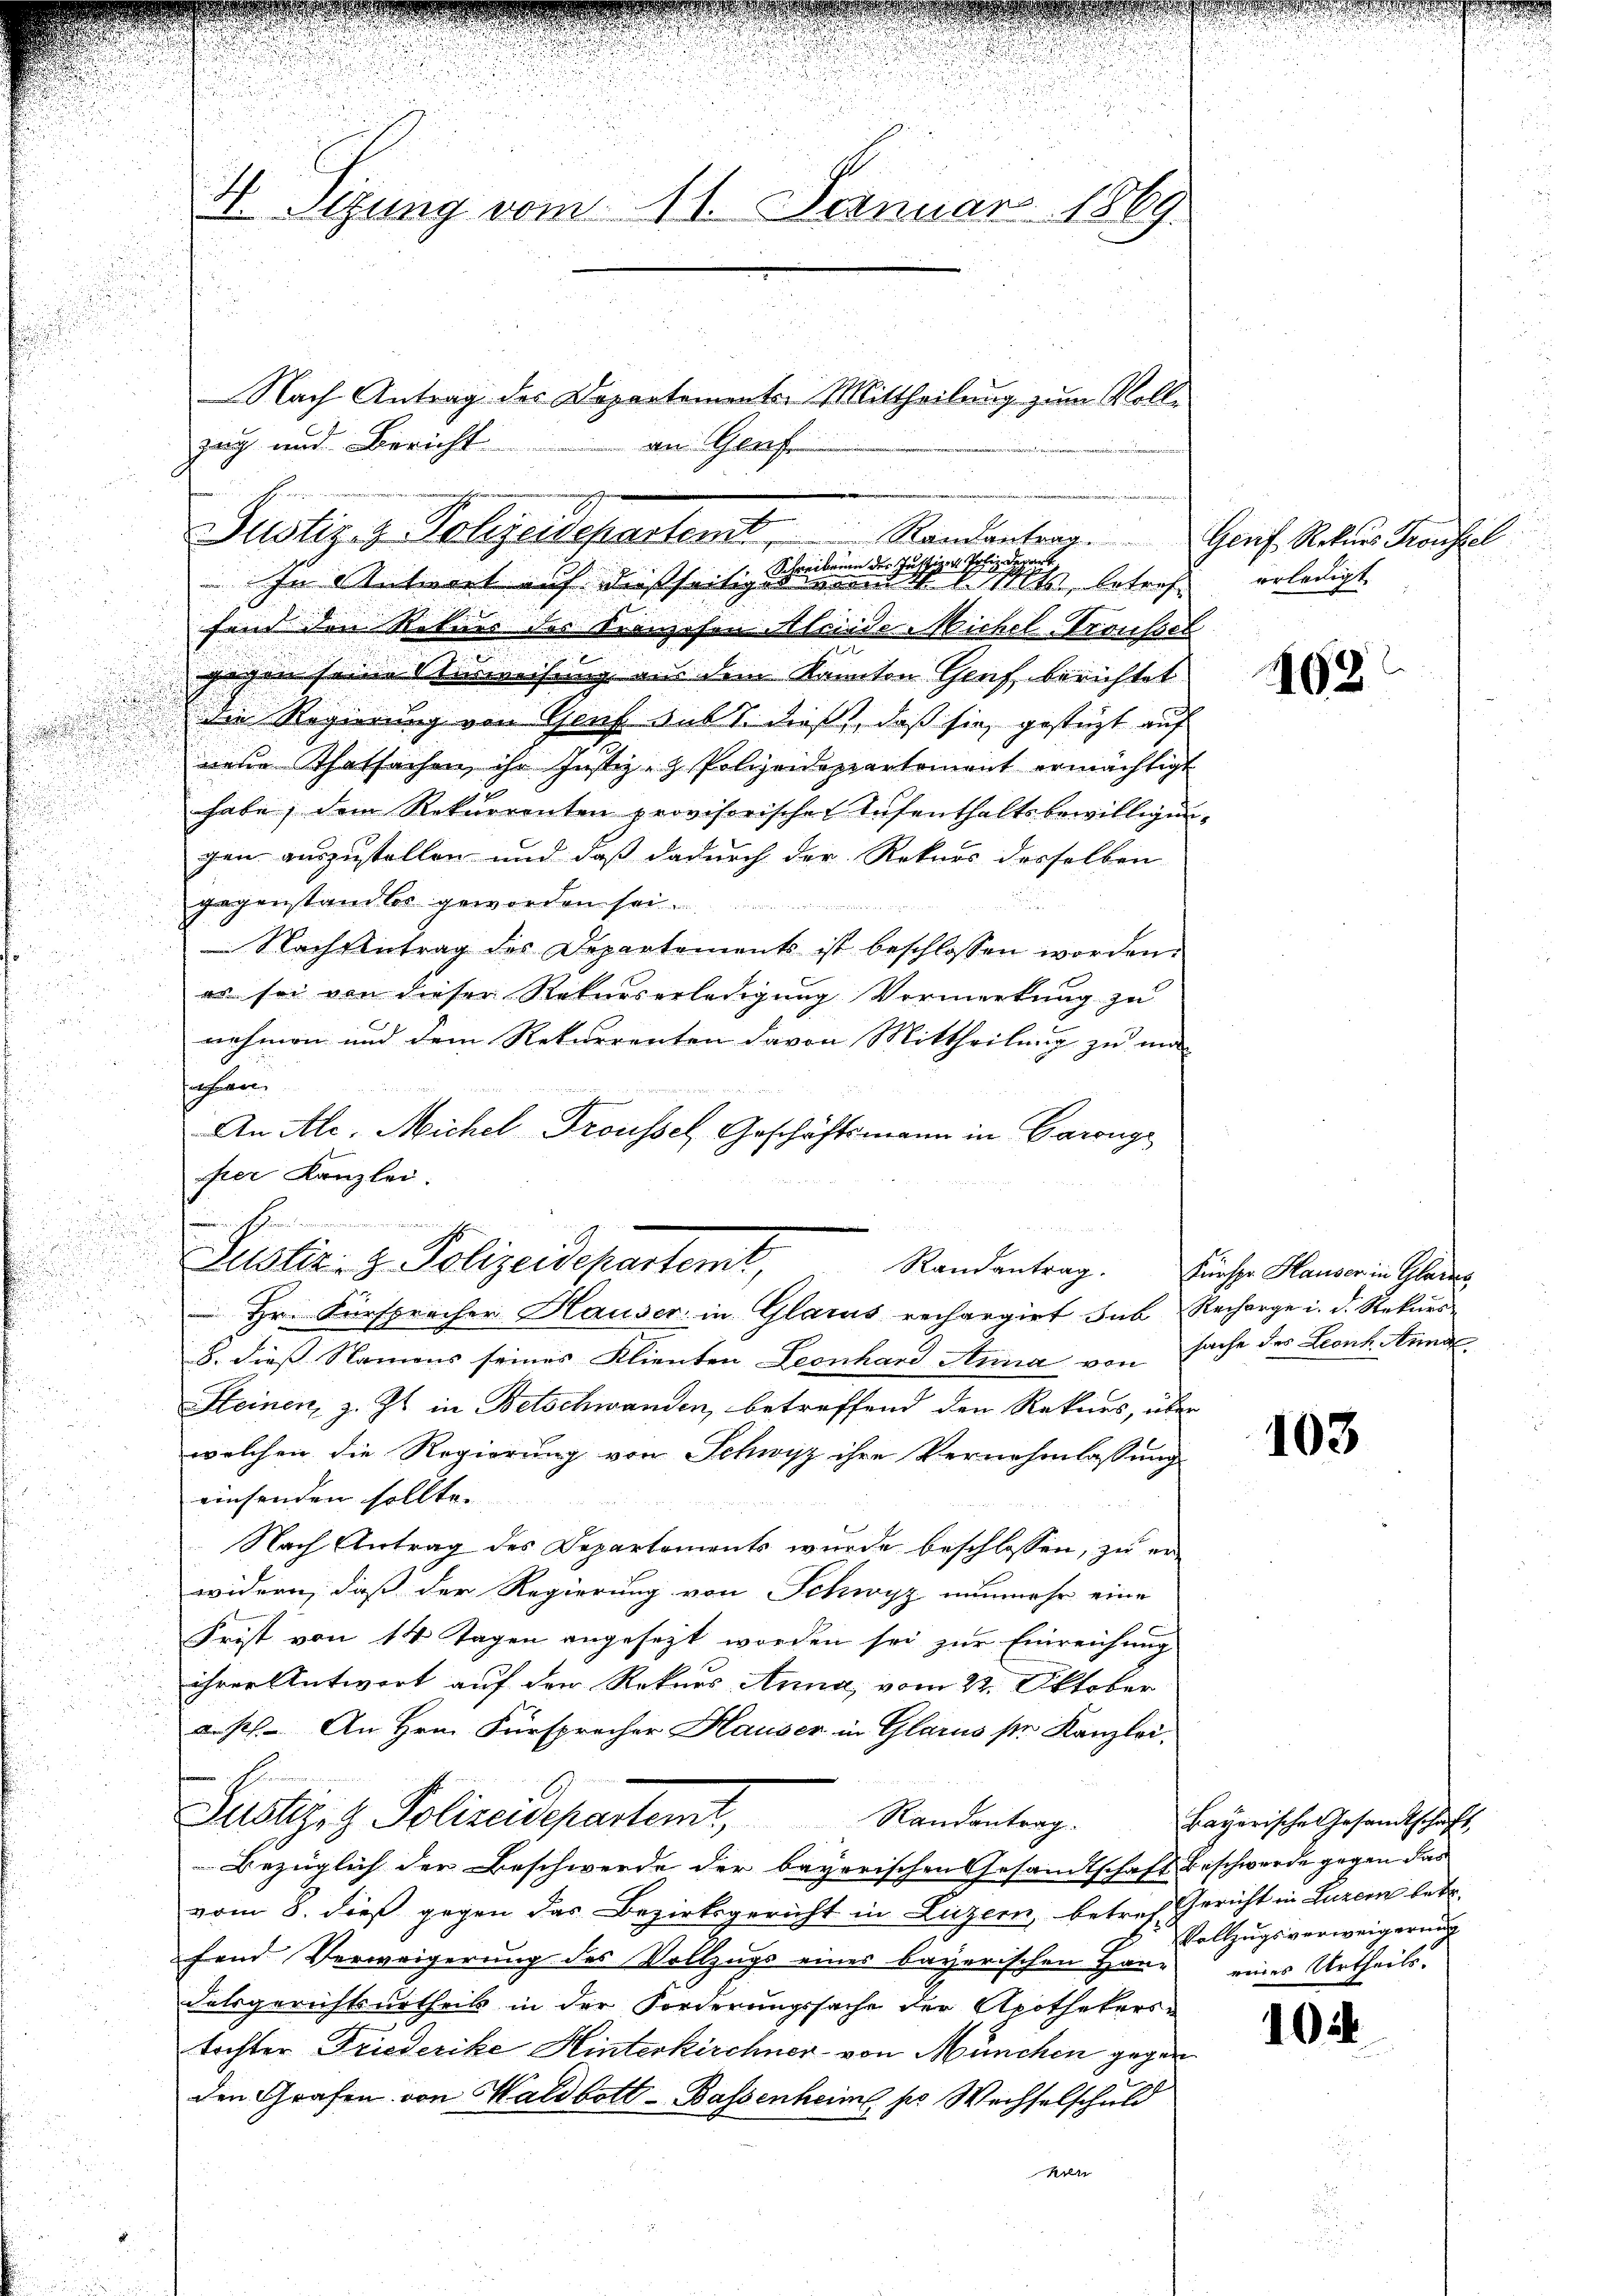
fand den Rekurs des Kranzosen Alrieder Nichel-Prousset
gegen seine Verweisung aus dem Kanton Genf berichtet
die Regierung von Genf auf 1. dieß, daß sie gestüzt auf
nene Thatsachen ihr Justiz- & Polizeidepartement ermächtigt
habe, dem Rekurrenten provisorischen Aufenthaltsbewilligung
gen auszustellen und daß dadurch der Rekurs desselben
gegenstandtes geworden sei.
.
Nach Antrag des Departements ist beschlossen worden.
a
es sei von dieser Rekurserledigung Vormerkung zu
nehmen und dem Rekurrenten davon Mittheilung zu ma-
froheren,
   der Eintrete
An Ale, Michel Froussel, Geschäftsmann in Garange
sher Kanzlei.
 Hr. Fürsprecher Hauser: in Glarus rechargirt sub Recharge i. d. Rekurs
8. dieß Namens seines Klienten Leonhard Anna von Sache des Leonk. Anna
Kleinen, z. Zt. in Betschwanden, betreffend den Rekurs, über
welchen die Regierung von Schwisz ihre Vernehmlassung
einsenden sollte.
Nach Antrag des Departements wurde beschlossen, zu er-
widern, daß der Regierung von Schwyz nunmehr eine
Frist von 14 Tagen angesezt worden sei zur Einreichung
ihrer Antwort auf den Rekurs Anna, vom 22. Oktober
aus. An Hrn. Fürsprecher Hauser in Glarus str Kanzlei,
Zustiges Polizeidepartemt, Standentrag.
Bezüglich der Beschwerde der bayorischen Gesandtschaft beschwerde gegen das
vom 8. dieß gegen das Bezirksgericht in Luzern, betreff Gericht in Luzern betr.
fend Verweigerung des Vollzugs eines bayerischen Harz eines Urtheils.
dalsgerichtsurtheils in der Forderungssache der Apothekerstochter Friederike Hinterkirchner von München gegen
den Grafen von Waldbott - Bassenheim, pr Wechselschuld
e

n
J
1. Sitzung vom 11. Januar 1869

zug und Bericht

Justiz- & Polizeidepartent        Randantrag
 Schreibenen der Justizen Potiz Depart
In Antwort auf dießseitiges und d. d. Mts., betref

an Genf

.
Justiz- & Polizeidepartemt,

Nach Antrag des Departementer Mittheilung zum Volle.

Geuf Rekurs Freustel
erledigt.

163

Randantrag. Fürspr Hauser in Glarus

103

Bayerische Gesandtschaft,
Vollzugsverweigerung

102